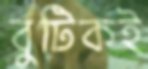
বুটিকই